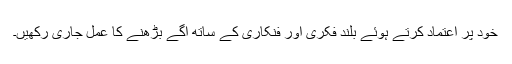
خود پر اعتماد کرتے ہوئے بلند فکری اور فنکاری کے ساتھ آگے بڑھنے کا عمل جاری رکھیں۔